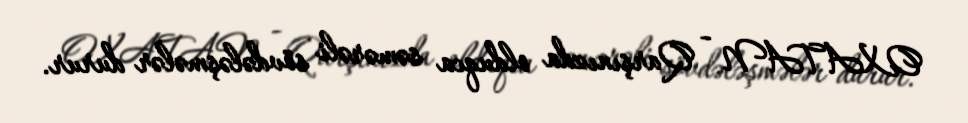
OXATAN - Qarşınızda olduqca səmərəli sövdələşmələr durur.